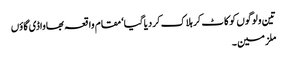
تین ولوگوں کو کاٹ کر ہلاک کردیاگیا‘ مقام واقعہ بھاواڈی گاؤں
ملزمین ۔